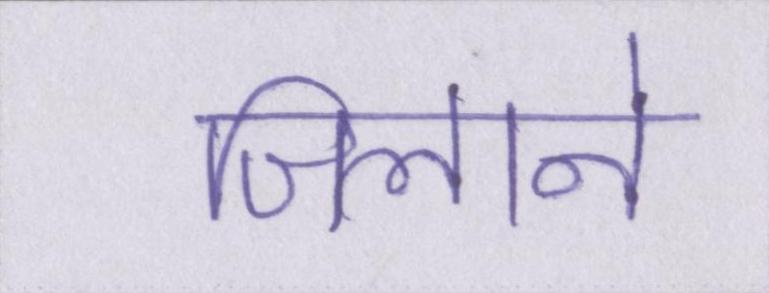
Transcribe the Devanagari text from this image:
जिलाने